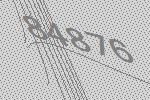
84876